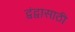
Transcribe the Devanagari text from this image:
द्वंद्वासाठी